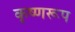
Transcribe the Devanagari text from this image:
कृष्णरूप